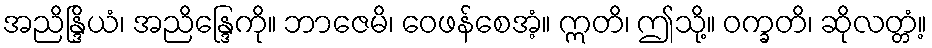
အညိန္ဒြိယံ၊ အညိန္ဒြေကို။ ဘာဇေမိ၊ ဝေဖန်စေအံ့။ ဣတိ၊ ဤသို့။ ဝက္ခတိ၊ ဆိုလတ္တံ့။